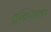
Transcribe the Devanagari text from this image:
ड्रन्जिक